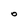
Character: O